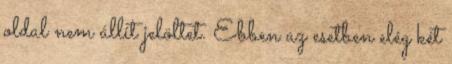
oldal nem állít jelöltet. Ebben az esetben elég két